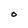
Character: O